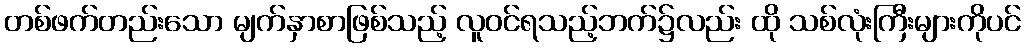
တစ်ဖက်တည်းသော မျက်နှာစာဖြစ်သည့် လူဝင်ရသည့်ဘက်၌လည်း ထို သစ်လုံးကြီးများကိုပင်